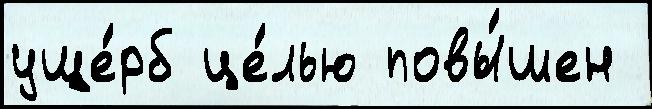
уще́рб це́лью повы́шен